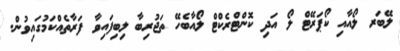
ލޭބަރ ލޯއާއި ކޯޕަރޭޓް ލޯ އަދި ކޮންޓްރެކްޓް ލޯއާބެހޭ ތަޖުރިބާ ލިބިފައިވާ ފަރާތެއްކަމުގައިވުން.